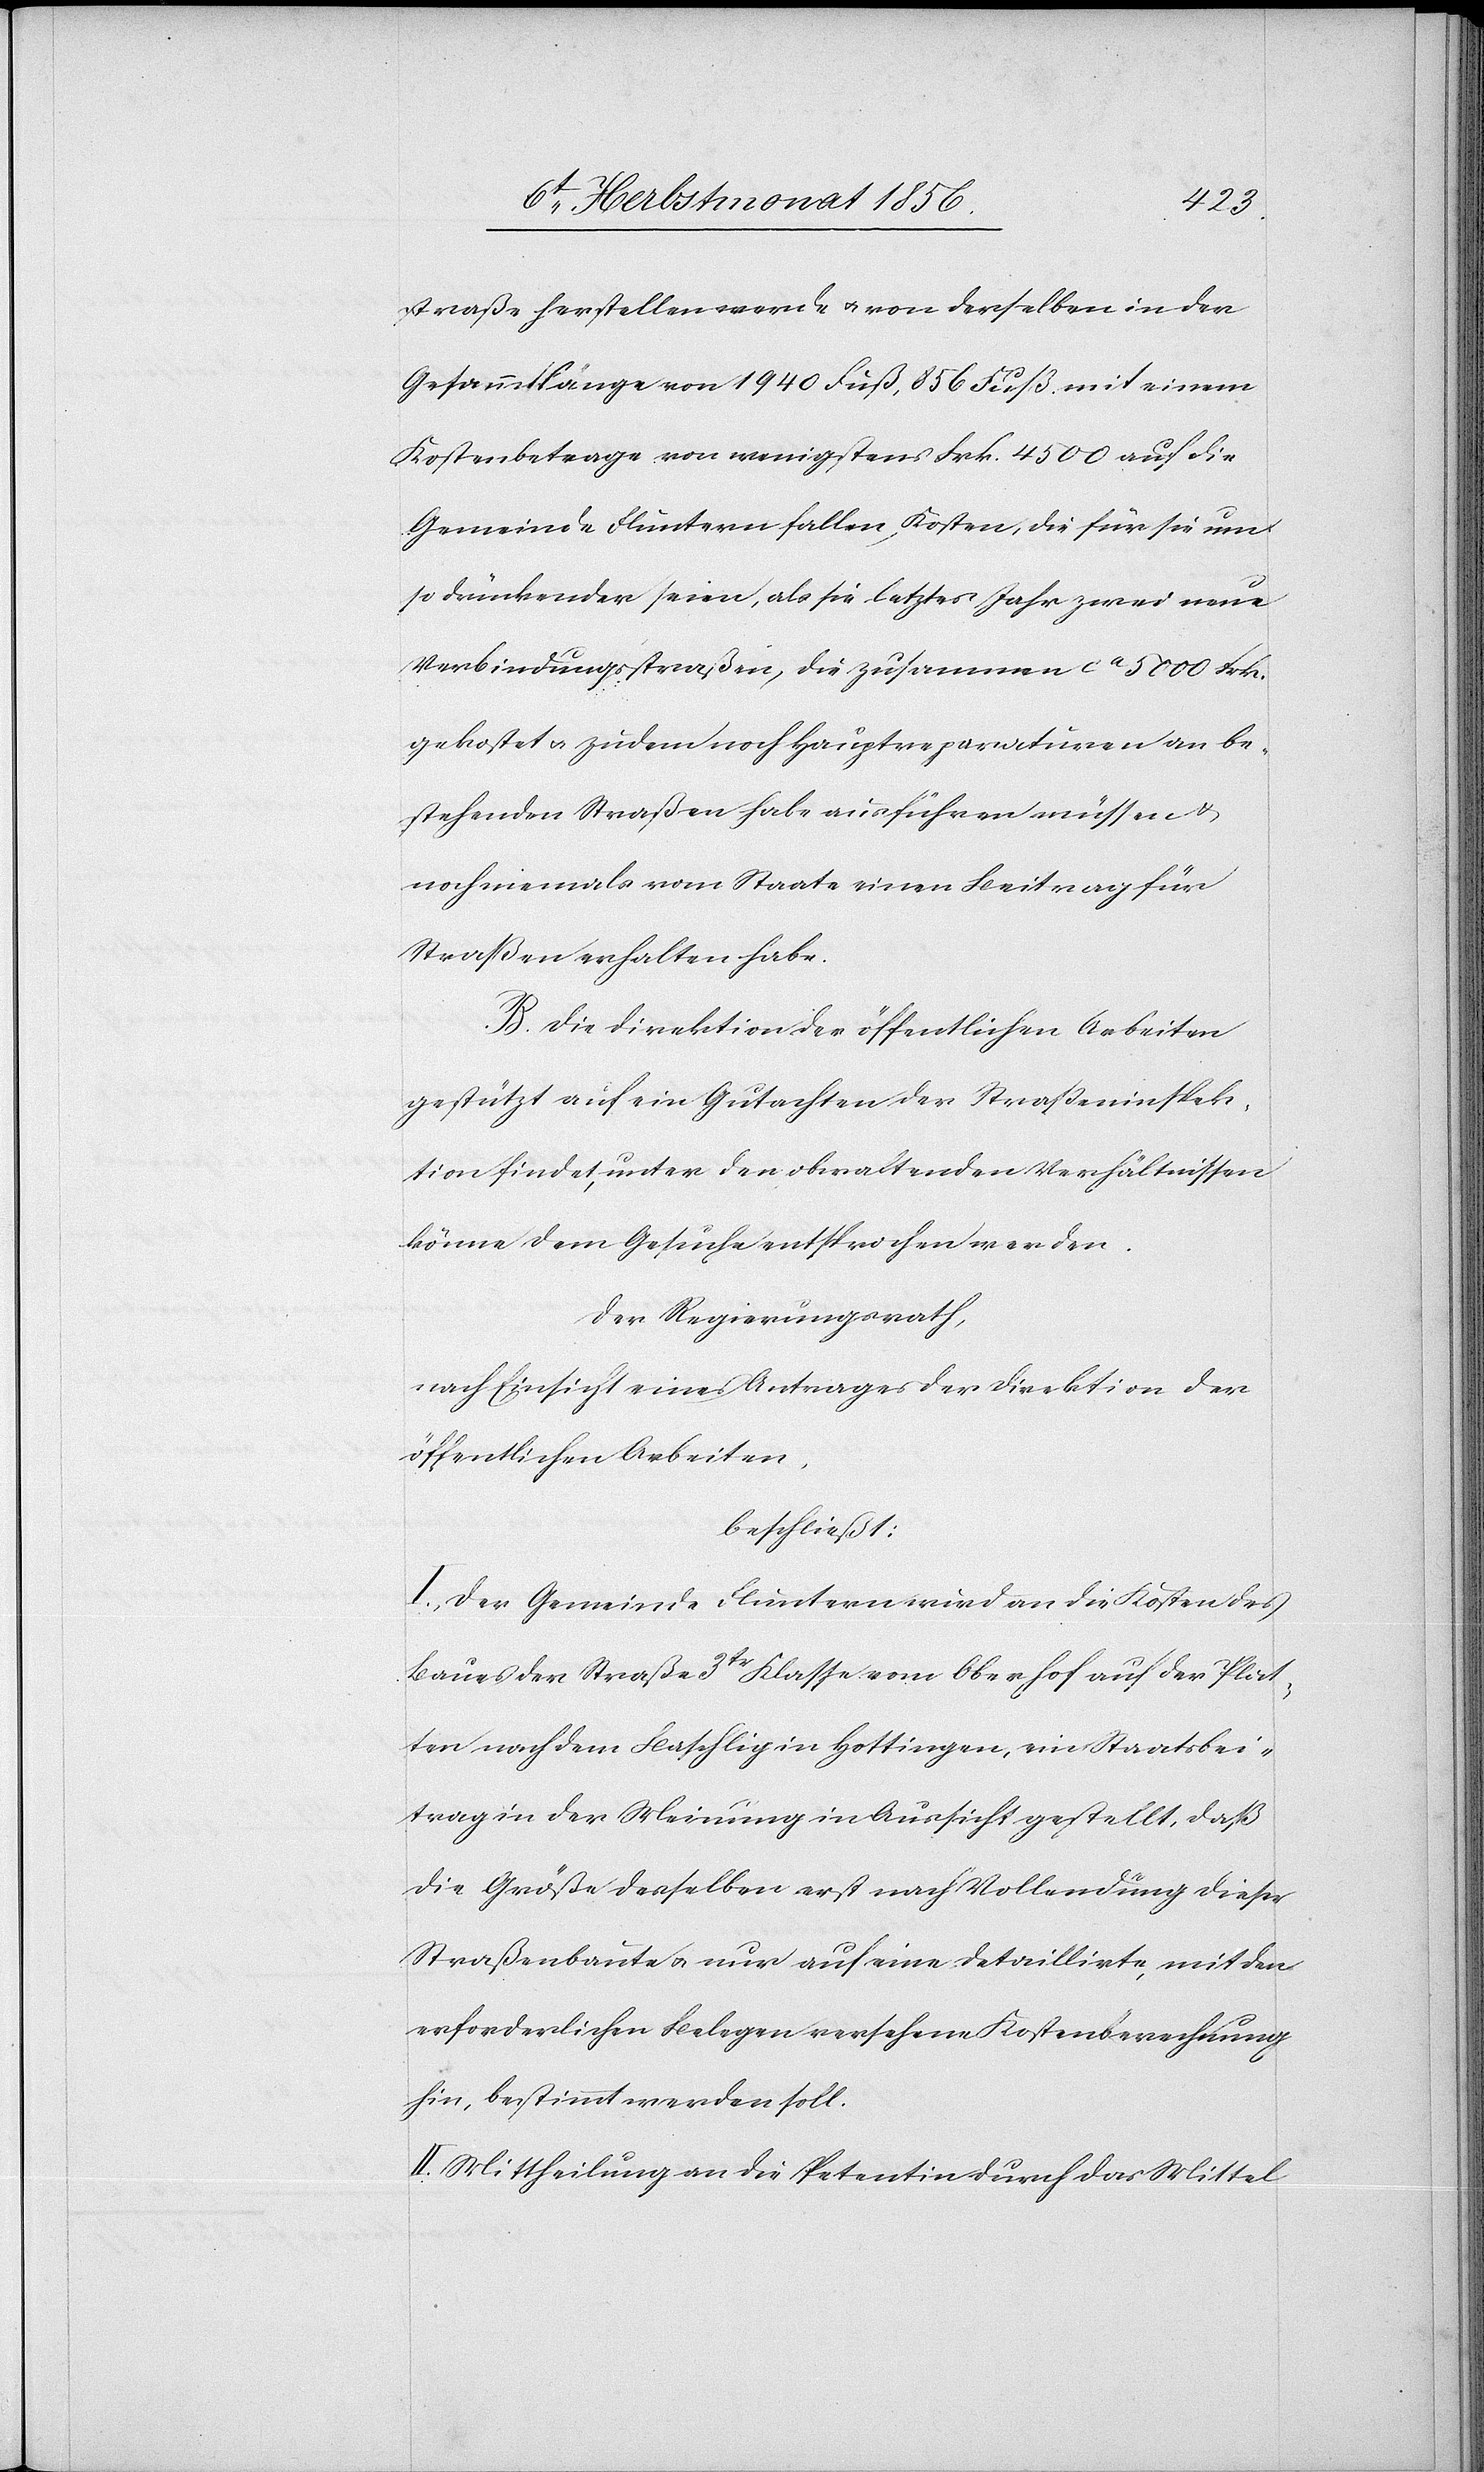
straße herstellen werde u. von derselben in der
Gesammtlänge von 1940 Fuß, 856 Fuß mit einem
Kostenbetrage von wenigstens Frk. 4500 auf die
Gemeinde Fluntern fallen, Kosten, die für sie um¬
so drückender seien, als sie letztes Jahr zwei neue
Verbindungsstraßen, die zusammen ca 5000 Frk.
gekostet u. zudem noch Hauptreparaturen an be¬
stehenden Straßen habe ausführen müssen &
noch niemals vom Staate einen Beitrag für
Straßen erhalten habe.
B. Die Direktion der öffentlichen Arbeiten
gestützt auf ein Gutachten der Strasseninspek¬
tion findet, unter den obwaltenden Verhältnissen
könne dem Gesuche entsprochen werden.
Der Regierungsrath,
nach Einsicht eines Antrages der Direktion der
öffentlichen Arbeiten,
beschließt:
I.) Der Gemeinde Fluntern wird an die Kosten des
Baues der Straße 3tr Klasse vom Oberhof auf der Plat¬
ten nach dem Baschlig in Hottingen, ein Staatsbei¬
trag in der Meinung in Aussicht gestellt, daß
die Größe desselben erst nach Vollendung dieser
Straßenbaute u. nur auf eine detaillirte, mit den
erforderlichen Belegen versehene Kostenberechnung
hin, bestimmt werden soll.
II.) Mittheilung an die Petentin durch das Mittel